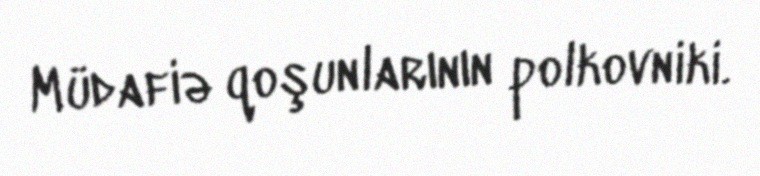
Müdafiə qoşunlarının polkovniki.